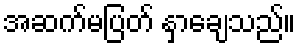
အဆက်မပြတ် နှာချေသည်။